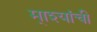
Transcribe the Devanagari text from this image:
मा्श्यांची